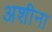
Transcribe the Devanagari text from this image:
अशीना